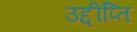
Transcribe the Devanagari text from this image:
उद्दीप्ति